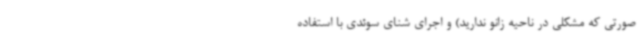
صورتی که مشکلی در ناحیه زانو ندارید) و اجرای شنای سوئدی با استفاده